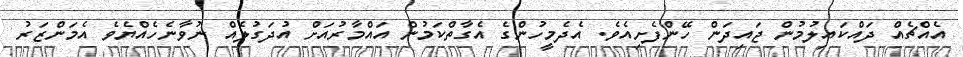
އެއްޗެއް ދައްކައިލުމުން ޖައިދަން ހޭންފެށިއެވެ. އެދެމީހުންގެ އެގާތްކަމުން އައްމާރުއަށް އުދަގުލެއް ނުވާނެހެއްޔެވެ އެމަންޒަރު